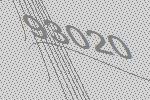
93020